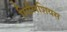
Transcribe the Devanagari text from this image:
सिलिशियस